Vital statistics of India. Vol. IV, Annual returns from 1871 to 1876. British Army of India, Native Army and jails of Bengal
Year: 1871
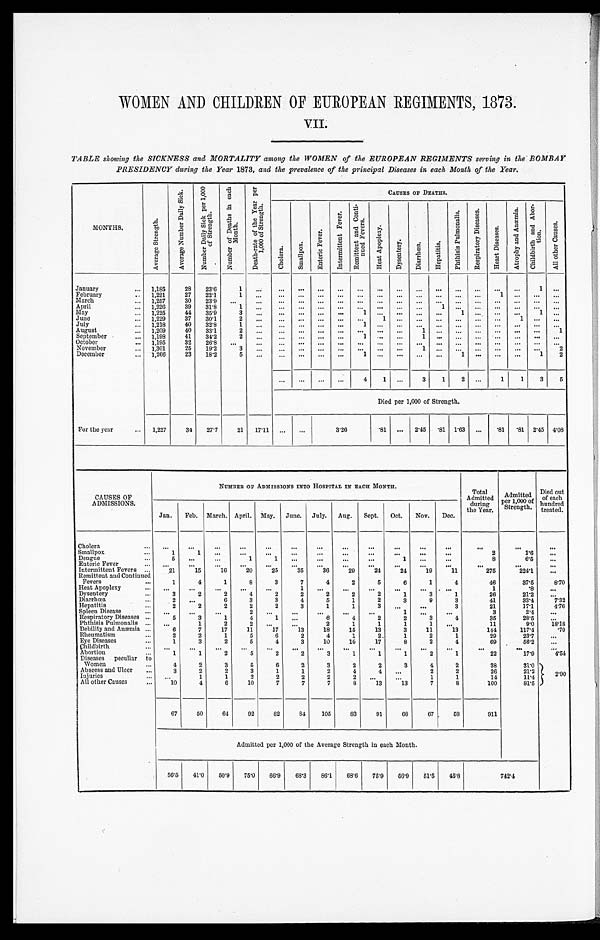
WOMEN AND CHILDREN OF EUROPEAN REGIMENTS, 1873.
VII.
TABLE showing the SICKNESS and MORTALITY among the WOMEN of the EUROPEAN REGIMENTS serving in the BOMBAY
PRESIDENCY during the Year 1873 , and the prevalence of the principal Diseases in each Month of the Year.
MONTHS.
A v e r a g e S t r e n g t h .
A v e r a g e N u m b e r D a i l y S i c k .
N u m b e r D a i l y S i c k p e r 1 , 0 0 0 o f S t r e n g t h .
N u m b e r o f D e a t h s i n e a c h M o n t h .
D e a t h - r a t e o f t h e Y e a r p e r 1 , 0 0 0 o f S t r e n g t h .
CAUSES OF DEATHS.
C h o l e r a .
S m a l l p o x .
E n t e r i c F e v e r .
I n t e r m i t t e n t F e v e r .
R e m i t t e n t a n d C o n t i - n u e d F e v e r s .
H e a t A p o p l e x y .
D y s e n t e r y .
D i a r r h œ a .
H e p a t i t i s .
P h t h i s i s P u l m o n a l i s .
R e s p i r a t o r y D i s e a s e s .
H e a r t D i s e a s e s .
A t r o p h y a n d A n æ m i n a .
C h i l d b i r t h a n d A b o r - t i o n .
A l l o t h e r C a u s e s .
January
. . . 1,185
28
23.6
1
. . .
. . .
. . .
. . .
. . .
. . .
. . .
. . .
. . .
. . .
. . .
. . .
. . .
. . .
1 . . .
February . . .
1,221
27
22.1
1
. . .
. . .
. . .
. . .
. . .
. . .
. . .
. . .
. . .
. . .
. . .
. . .
1
. . .
. . .
. . .
March . . .
1,257
30
23.9
. . .
. . .
. . .
. . .
. . .
. . .
. . .
. . .
. . .
. . .
. . .
. . .
. . .
. . .
. . .
. . .
. . .
April . . .
1,226
39
31.8
1
. . .
. . .
. . .
. . .
. . .
. . .
. . .
. . .
. . .
1
. . .
. . . . . .
. . .
. . . . . .
May . . .
1,225
44
35.9
3
. . .
. . .
. . .
. . .
. . .
1
. . .
. . .
. . .
. . .
1
. . .
. . .
. . .
1
. . .
June . . .
1,229
37
30.1
2
. . .
. . .
. . .
. . .
. . .
. . .
. . .
1
. . .
. . .. . .
. . . . . .
1
. . .. . .
July . . .
1,218
40
32.8
1
. . .
. . .
. . .
. . .
. . .
1
. . .
. . .
. . .
. . .
. . .
. . .
. . .
. . .
. . .
. . .
August . . .
1,209
40
33.1
2
. . . . . .
. . .
. . .
. . .
. . .
. . .
. . .
1
. . . . . .
. . . . . .
. . .
. . .
1
September . . .
1,198
41
34.2
2
. . . . . .
. . .
. . .
. . .
1
. . .
. . .
1
. . . . . .
. . . . . .
. . .
. . .
. . .
October . . .
1,195
32
26.8
. . .
. . .
. . .
. . .
. . .
. . .
. . .
. . .
. . .
. . .
. . .
. . .
. . .
. . .
. . .
. . .
. . .
November . . .
1,301
25
19.2
3
. . .
. . .
. . .
. . .
. . .
. . . . . .
. . .
1
. . . . . .
. . .
. . .
. . .
. . .
2
December . . .
1,266
23
18.2
5
. . .
. . .
. . .
. . .
. . .
1 . . .
. . .
. . .
. . . 1
. . .
. . .. . .
1
2
. . .
. . .
. . .
. . .
4
1
. . .
3
1
2
. . .
1
1
3
5
Died per 1,000 of Strength.
For the year
. . .
1,227
34
27.7
21
17.11
. . .
. . .
3.26
. 81
. . .
2.45
.1 1.63
. . .
.81
.81 2.45 4.08
CAUSES OF
ADMISSIONS.
NUMBER OF ADMISSIONS INTO HOSPITAL IN EACH MONTH.
Total
Admitted
during
the Year.
Admitted
per 1,000 of
Strength.
Died out
of each
hundred
treated.
Jan.
Feb. March. April. May.
June.
July.
Aug.
Sept.
Oct.
Nov.
Dec.
Cholera . . .
. . .
. . .
. . .
. . .
. . .
. . .
. . .
. . .
. . .
. . .
. . .
. . .
. . .
. . .
. . .
S mallpox . . .
1
1
. . .
. . .
. . .
. . .
. . .
. . .
. . .
. . .
. . .
. . .
2
1 . 6
. . .
Dengue . . .
5
. . .
. . .
1
1
. . .
. . .
. . .
. . .
1
. . .
. . .
8
6.5
. . .
Enteric Fever . . .
. . .
. . .
. . .
. . .
. . .
. . .
. . .
. . .
. . .
. . .
. . .
. . .
. . .
. . .
. . .
Intermittent Fevers . . .
21
15
16
20
25
35
36
29
24
24
19
11
275
224.1
. . .
Remittent and Continued
Fevers . . .
1
4
1
8
3
7
4
2
5
6
1
4
46
37.5
8.70
Heat Apoplexy . . .
. . .
. . .
. . .
. . .
. . .
. . .
1
. . .
. . .
. . .
. . .
. . .
1
. 8
. . .
Dysentery . . .
3
2
2
4
2
2
2
2
2
1
3
1
26
21.2
. . .
Diarrhœa . . .
2
. . .
6
3
3
4
5
1
2
3
9
3
41
33.4
7.32
Hepatitis. . .
2
2
2
2
2
3
1
1
3
. . .
. . .
3
21
17.1.
4.76
Spleen Disease
. . .
. . .
. . .
. . .
2
. . .
. . .
. . .
. . .
. . .
1
. . .
. . .
3
2.4
. . .
Respiratory Diseases ...
5
3
1
4
1
. . .
8
4
2
2
3
4
35
28.5
. . .
Phthisis Pulmonalis . . .
. . .
1
2
2
. . .
. . .
2
1
1
1
1
. . .
11
9.0
18.18
Debility and Anæmia . . .
6
7
17
11
17
13
18
15
13
3
11
13
144
117.4
.70
Rheumatism
. . .
2
2
1
5
6
2
4
1
2.
1
2
1
29
23.7
. . .
E y e D i s e a s e s . . .
1
3
2
5
4
3
10
10
17
8
2
4
69
56.2
. . .
childbirth . . .
. . .
. . .
. . .
. . .
. . .
. . .
. . .
. . .
. . .
. . .
. . .
. . .
. . .
. . .
. . .
Abortion . . .
1
1
2
5
2
2
3
1
1
1
2
1
22
17.9
4.54
Diseases peculiar to
Women . . .
4
2
3
5
6
2
3
2
2
3
4
2
38
31.0
2.90
Abscess and Ulcer . . .
3
2
2
3
1
1
2
4
4
. . .
2
2
26
21.2
Injuries . . .
. . .
1
1
2
2
2
2
. . .
. . .
. . .
1
1
14
11.4
All other Causes . . .
10
4
6
10
7
7
7
8
13
13
7
8
100
81.5
67
50
64
92
82
84
105
83
91
68
67
58
911
Admitted per 1,000 of the Average Strength in each Month.
56.5
41.0
50.9
75.0
66.9
68.3
86.1
68.6
75.9
56.9
51.5
45.8
7 4 2 . 4